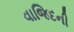
વાજિદની